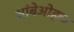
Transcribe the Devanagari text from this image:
आंबेओहळ